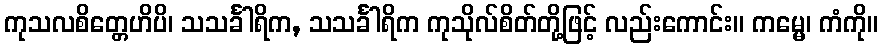
ကုသလစိတ္တေဟိပိ၊ သသင်္ခါရိက, သသင်္ခါရိက ကုသိုလ်စိတ်တို့ဖြင့် လည်းကောင်း။ ကမ္မေ၊ ကံကို။